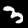
Digit: 3